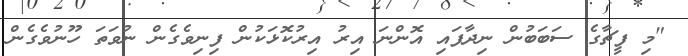
"މި ފީޗާގެ ސަބަބުން ނިދާފައި އޮންނަ އިރު އިރުކޮޅަކުން ފިނިވެގެން ނުވަތަ ހޫނުވެގެން